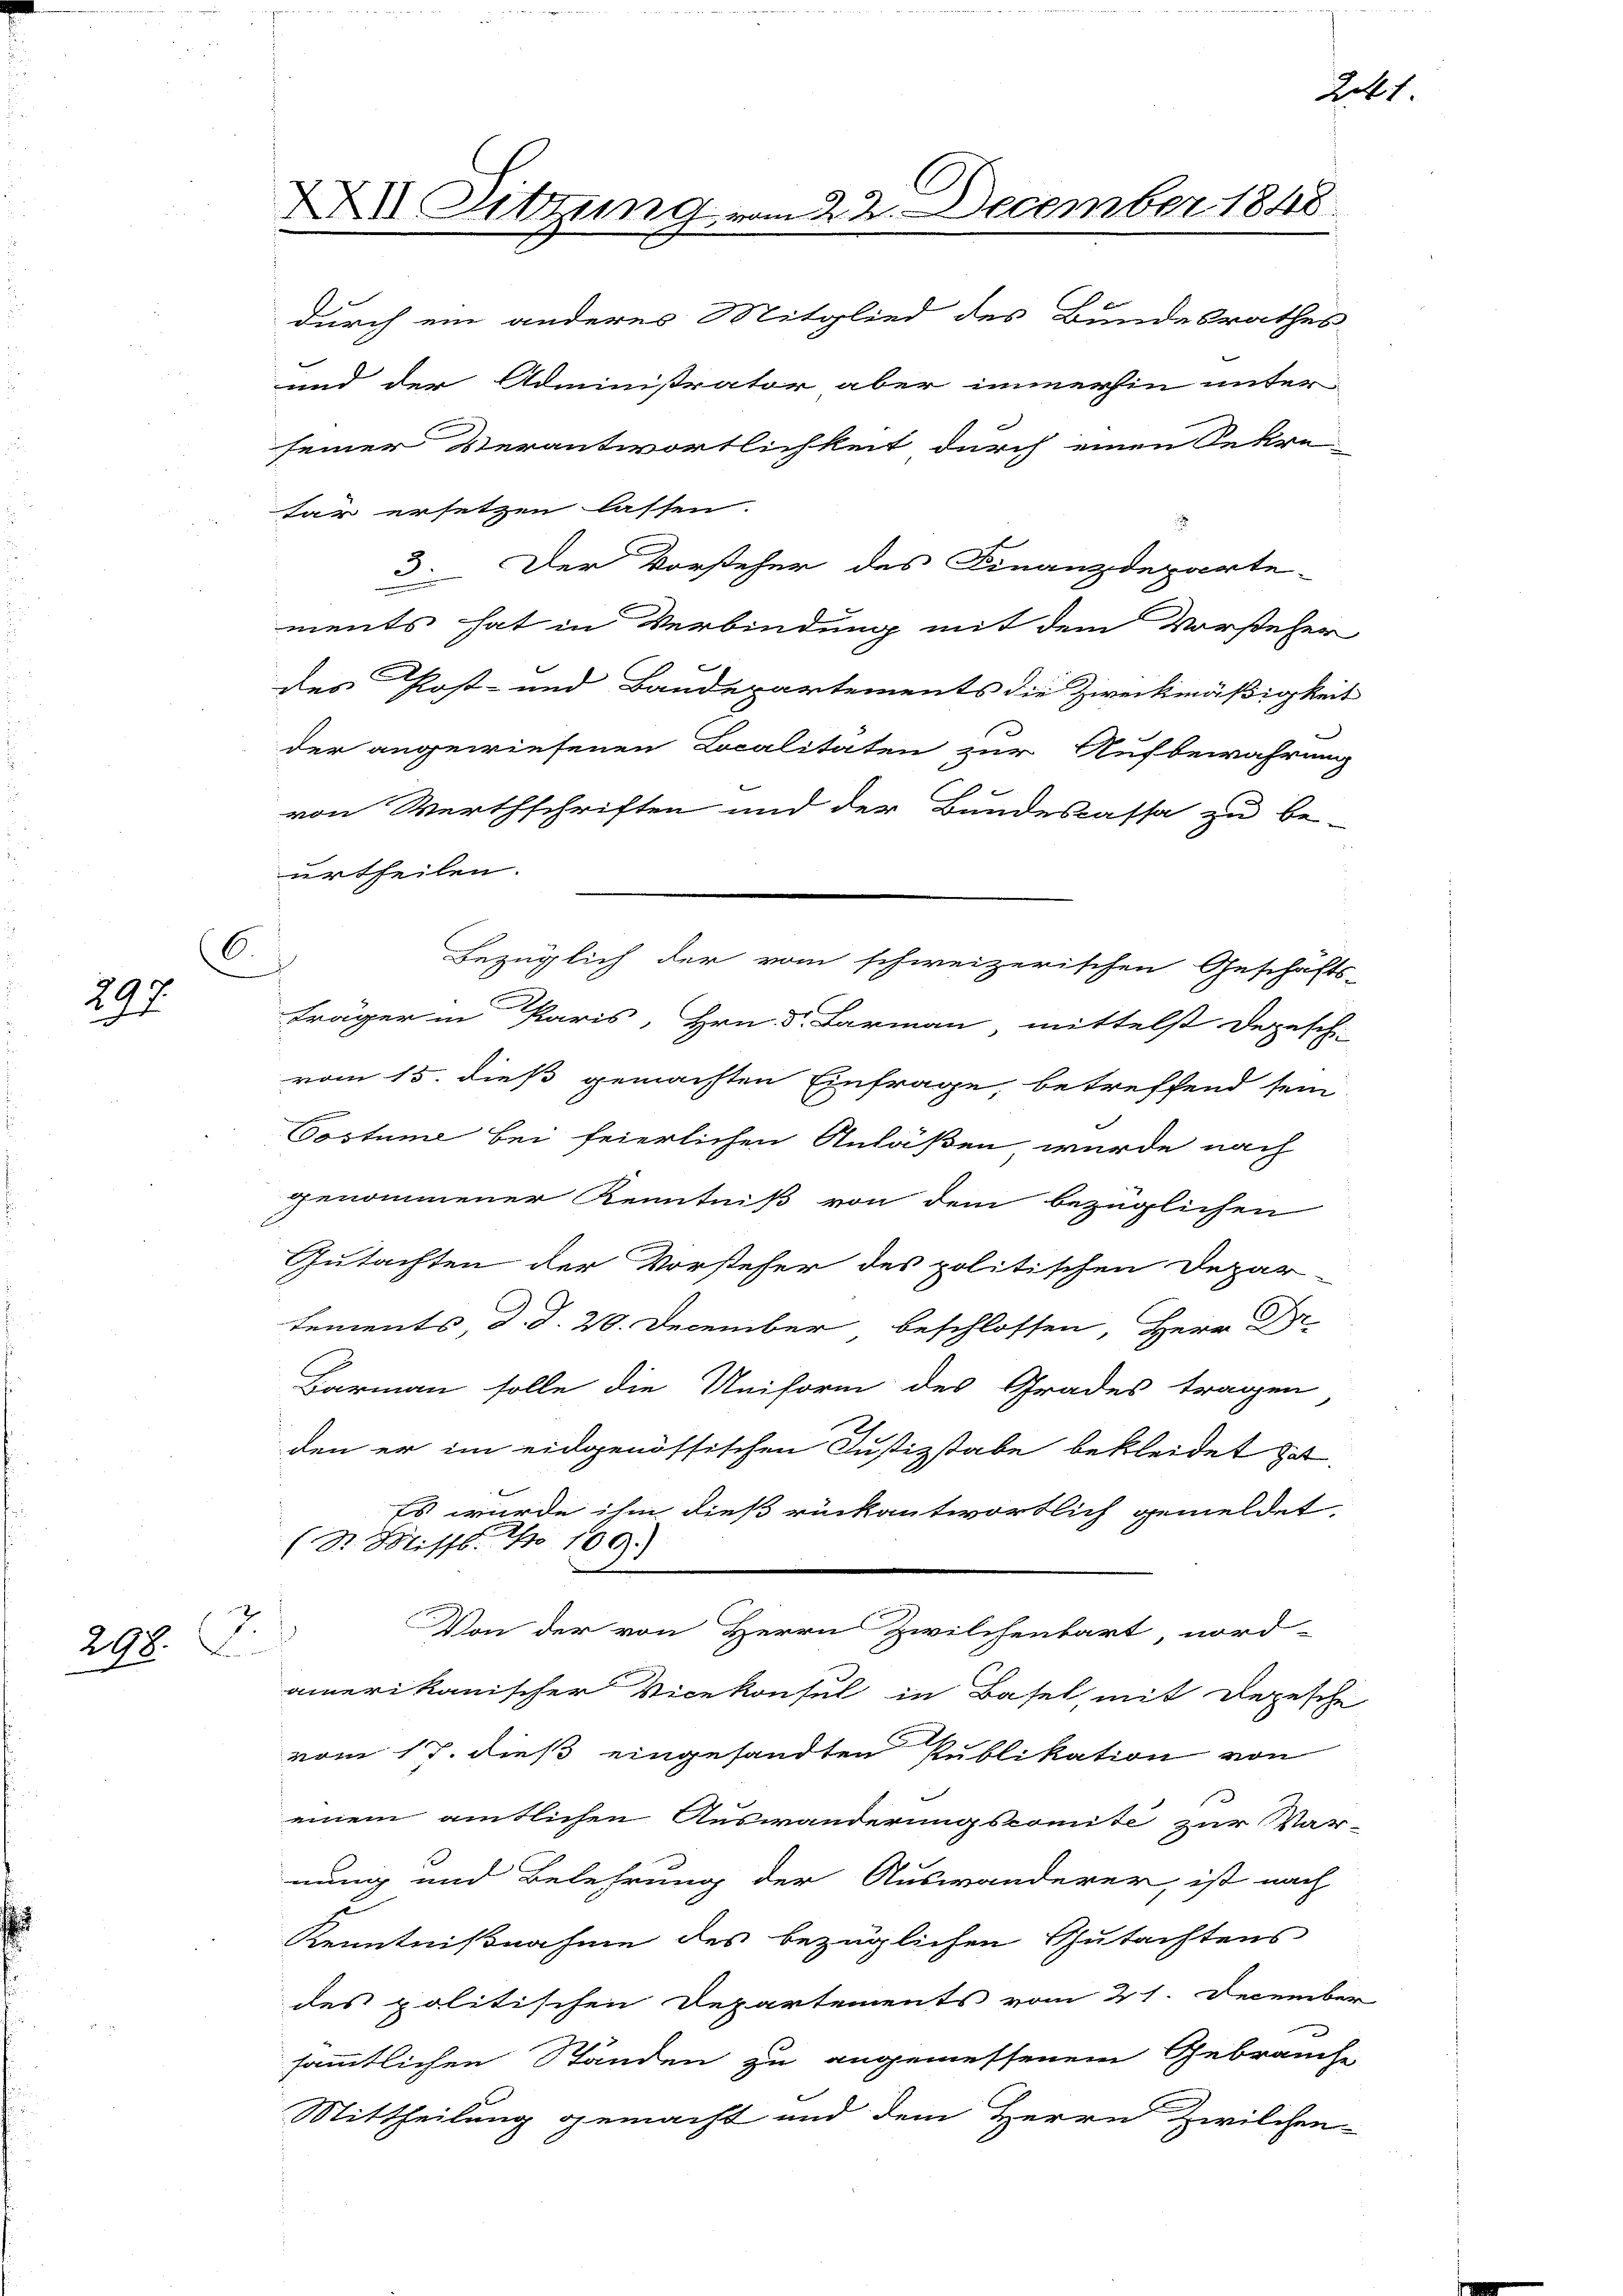
6
297

7
298.

x

urtheilen.

tar ersetzen lassen.
3. Der Vorsteher des Finanzdeparte-
ments hat in Verbindung mit dem Vorsteher
des Post- und Baudepartements die Zweckmäßigkeit
der angewiesenen Localitäten zur Aufbewahrung
von Werthschriften und der Bundescassa zu be-
Fräger in Paris, Hrn. F. Larmann mittelst Depesch-
vom 15. dieß gemachten Einfrage, betreffend sein
Postume bei feierlichen Anläßen wurde nach
genommener Kenntniß von dem bezüglichen
Gutachten der Vorsteher des politischen Depar-
Lements, d. d. 20. December beschlossen, Herr Dr.
Barmann solle die Uniform des Grades tragen
den er im eidgenössischen Justizstabe bekleidet hat.
Es wurde ihm dieß rückantwortlich gemeldet
(St. Missl No 109.)
Von der von Herrn Zwilchenkart nord-
u
amerikanischer Vicekonsul in Basel, mit Depesche
vom 17. dieß eingesandten Publikation von
einem amtlichen Auswanderungscomite zur Vor-
nung und Belehrung der Auswanderer, ist nach
u
Kenntnißnahme des bezüglichen Gutachtens
des politischen Departements vom 21. December
sämmtlichen Ständen zu angemessenem Gebrauche
Mittheilung gemacht und dem Herrn Zwilchen-

XXII Sitzung vom 22. December 1848
durch ein anderes Mitglied des Bundesrathes
und der Administrator aber immerhin unter
seiner Verantwortlichkeit durch einen Sekre

Bezüglich der vom schweizerischen Geschäfts-

241.